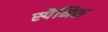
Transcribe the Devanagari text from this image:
स्‍पैनिश